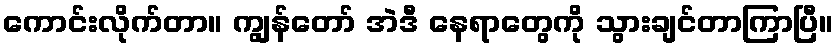
ကောင်းလိုက်တာ။ ကျွန်တော် အဲဒီ နေရာတွေကို သွားချင်တာကြာပြီ။